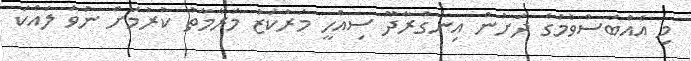
މި އެއްބަސްވުމުގެ ދަށުން އިނގުރާދޫ ސިއްހީ މަރުކަޒު މަރާމާތު ކުރުމަށް ނުވަ ލައްކަ